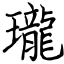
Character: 瓏